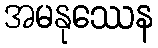
အမနုဿေန